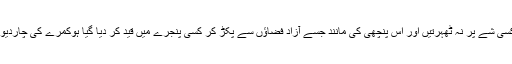
کبھی کبھار ایسا بھی ہوتاکہ ا س کی نگاہیں کسی شے پر نہ ٹھہرتیں اور اس پنچھی کی مانند جسے آزاد فضاؤں سے پکڑ کر کسی پنجرے میں قید کر دیا گیا ہوکمرے کی چاردیواری تو کبھی چھت یافرش سے ٹکراتی رہتی۔